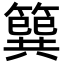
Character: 簨